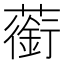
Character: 䕔